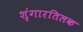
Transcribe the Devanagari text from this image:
शृंगारतिलक